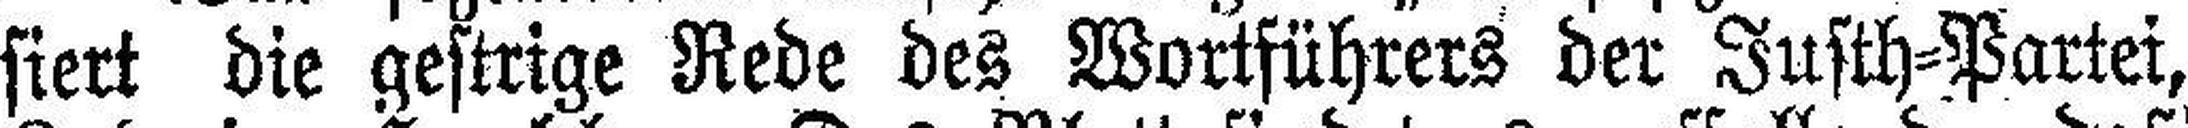
siert die gestrige Rede des Wortführers der Justh=Partei,